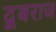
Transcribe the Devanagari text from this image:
दूबराज